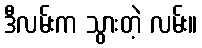
ဒီလမ်းက သွားတဲ့ လမ်း။